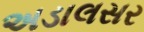
અડાલસર